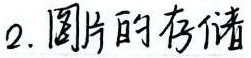
2. 图片的存储